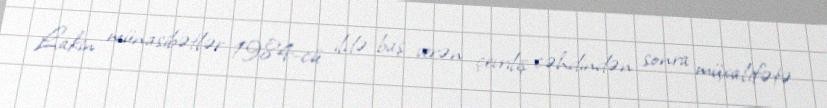
Lakin münasibətlər 1984-cü ildə baş verən çevriliş cəhdindən sonra müxalifətə